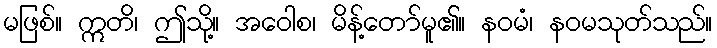
မဖြစ်။ ဣတိ၊ ဤသို့။ အဝေါစ၊ မိန့်တော်မူ၏။ နဝမံ၊ နဝမသုတ်သည်။